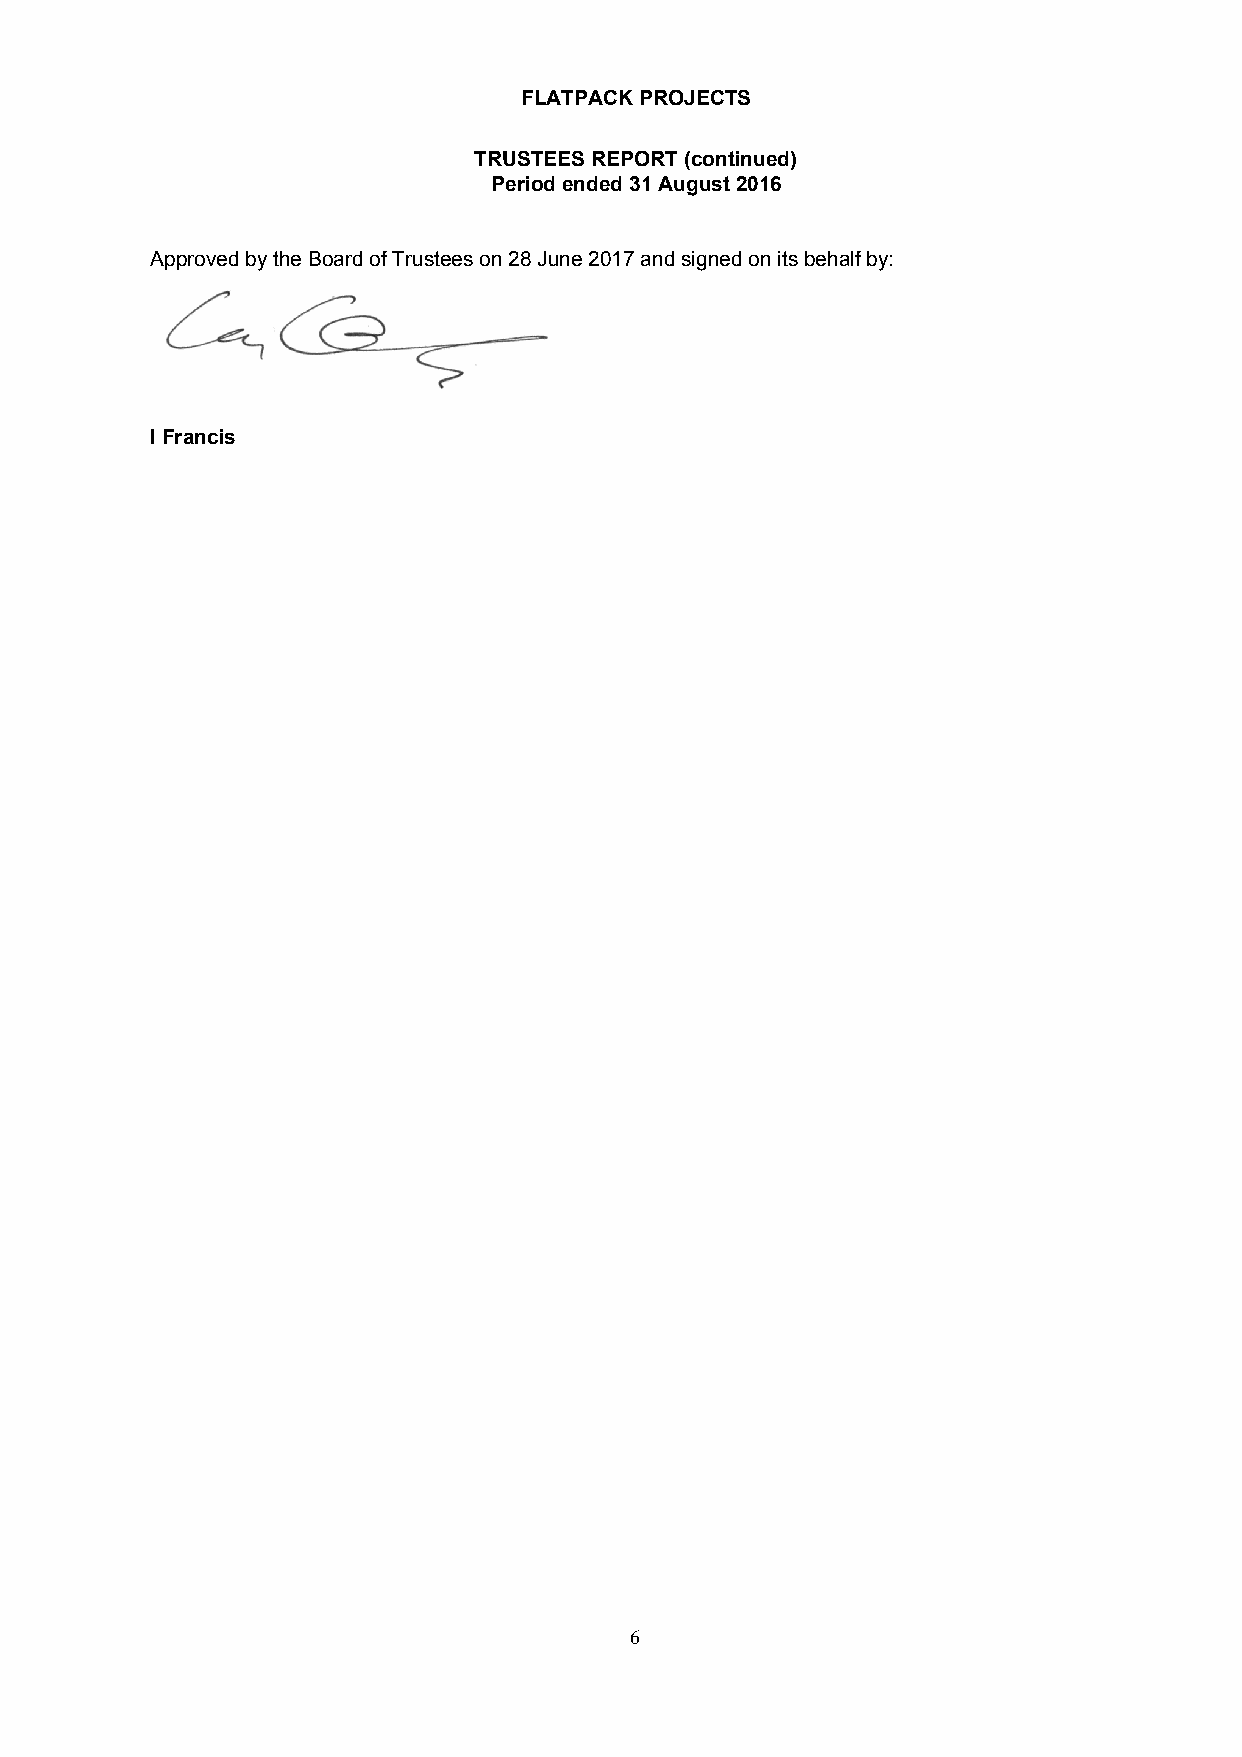
FLATPACK PROJECTS
 TRUSTEES REPORT (continued)
 Period ended 31 August 2016
 Approved by the Board of Trustees on 28 June 2017 and signed on its behalf by:
 I Francis
 6